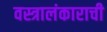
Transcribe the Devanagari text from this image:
वस्त्रालंकाराची